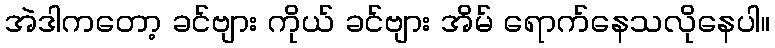
အဲဒါကတော့ ခင်ဗျား ကိုယ် ခင်ဗျား အိမ် ရောက်နေသလိုနေပါ။